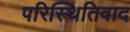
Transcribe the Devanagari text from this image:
परिस्थितिवाद